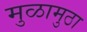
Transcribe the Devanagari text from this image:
मुळामुठा